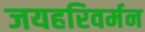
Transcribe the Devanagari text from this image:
जयहरिवर्मन